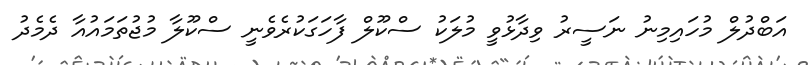
އަބްދުލް މުހައިމިނު ނަސީރު ވިދާޅުވީ މުލަކު ސްކޫލް ފާހަގަކުރެވެނީ ސްކޫލާ މުޖުތަމައުއާ ދެމެދު